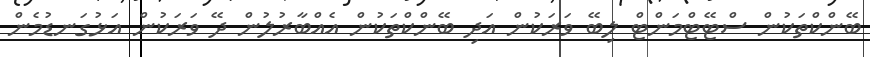
ބޭންކްތަކުން ސްޓޭޓްމަންޓް ލިބޭ ވަރަކުން އަދި ބޭންކްތަކުން އެއްބާރުލުން ދޭ ވަރަކުން އަޅުގަނޑުމެން